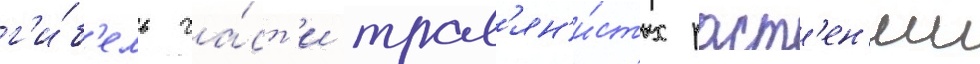
г'и́б'ель ча́ст'и трав'ян'и́стых раст'ен'ии